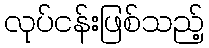
လုပ်ငန်းဖြစ်သည့်